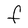
Character: F